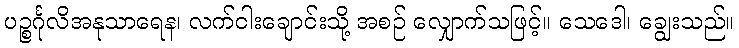
ပဉ္စင်္ဂုလိအနုသာရေန၊ လက်ငါးချောင်းသို့ အစဉ် လျှောက်သဖြင့်။ သေဒေါ၊ ချွေးသည်။